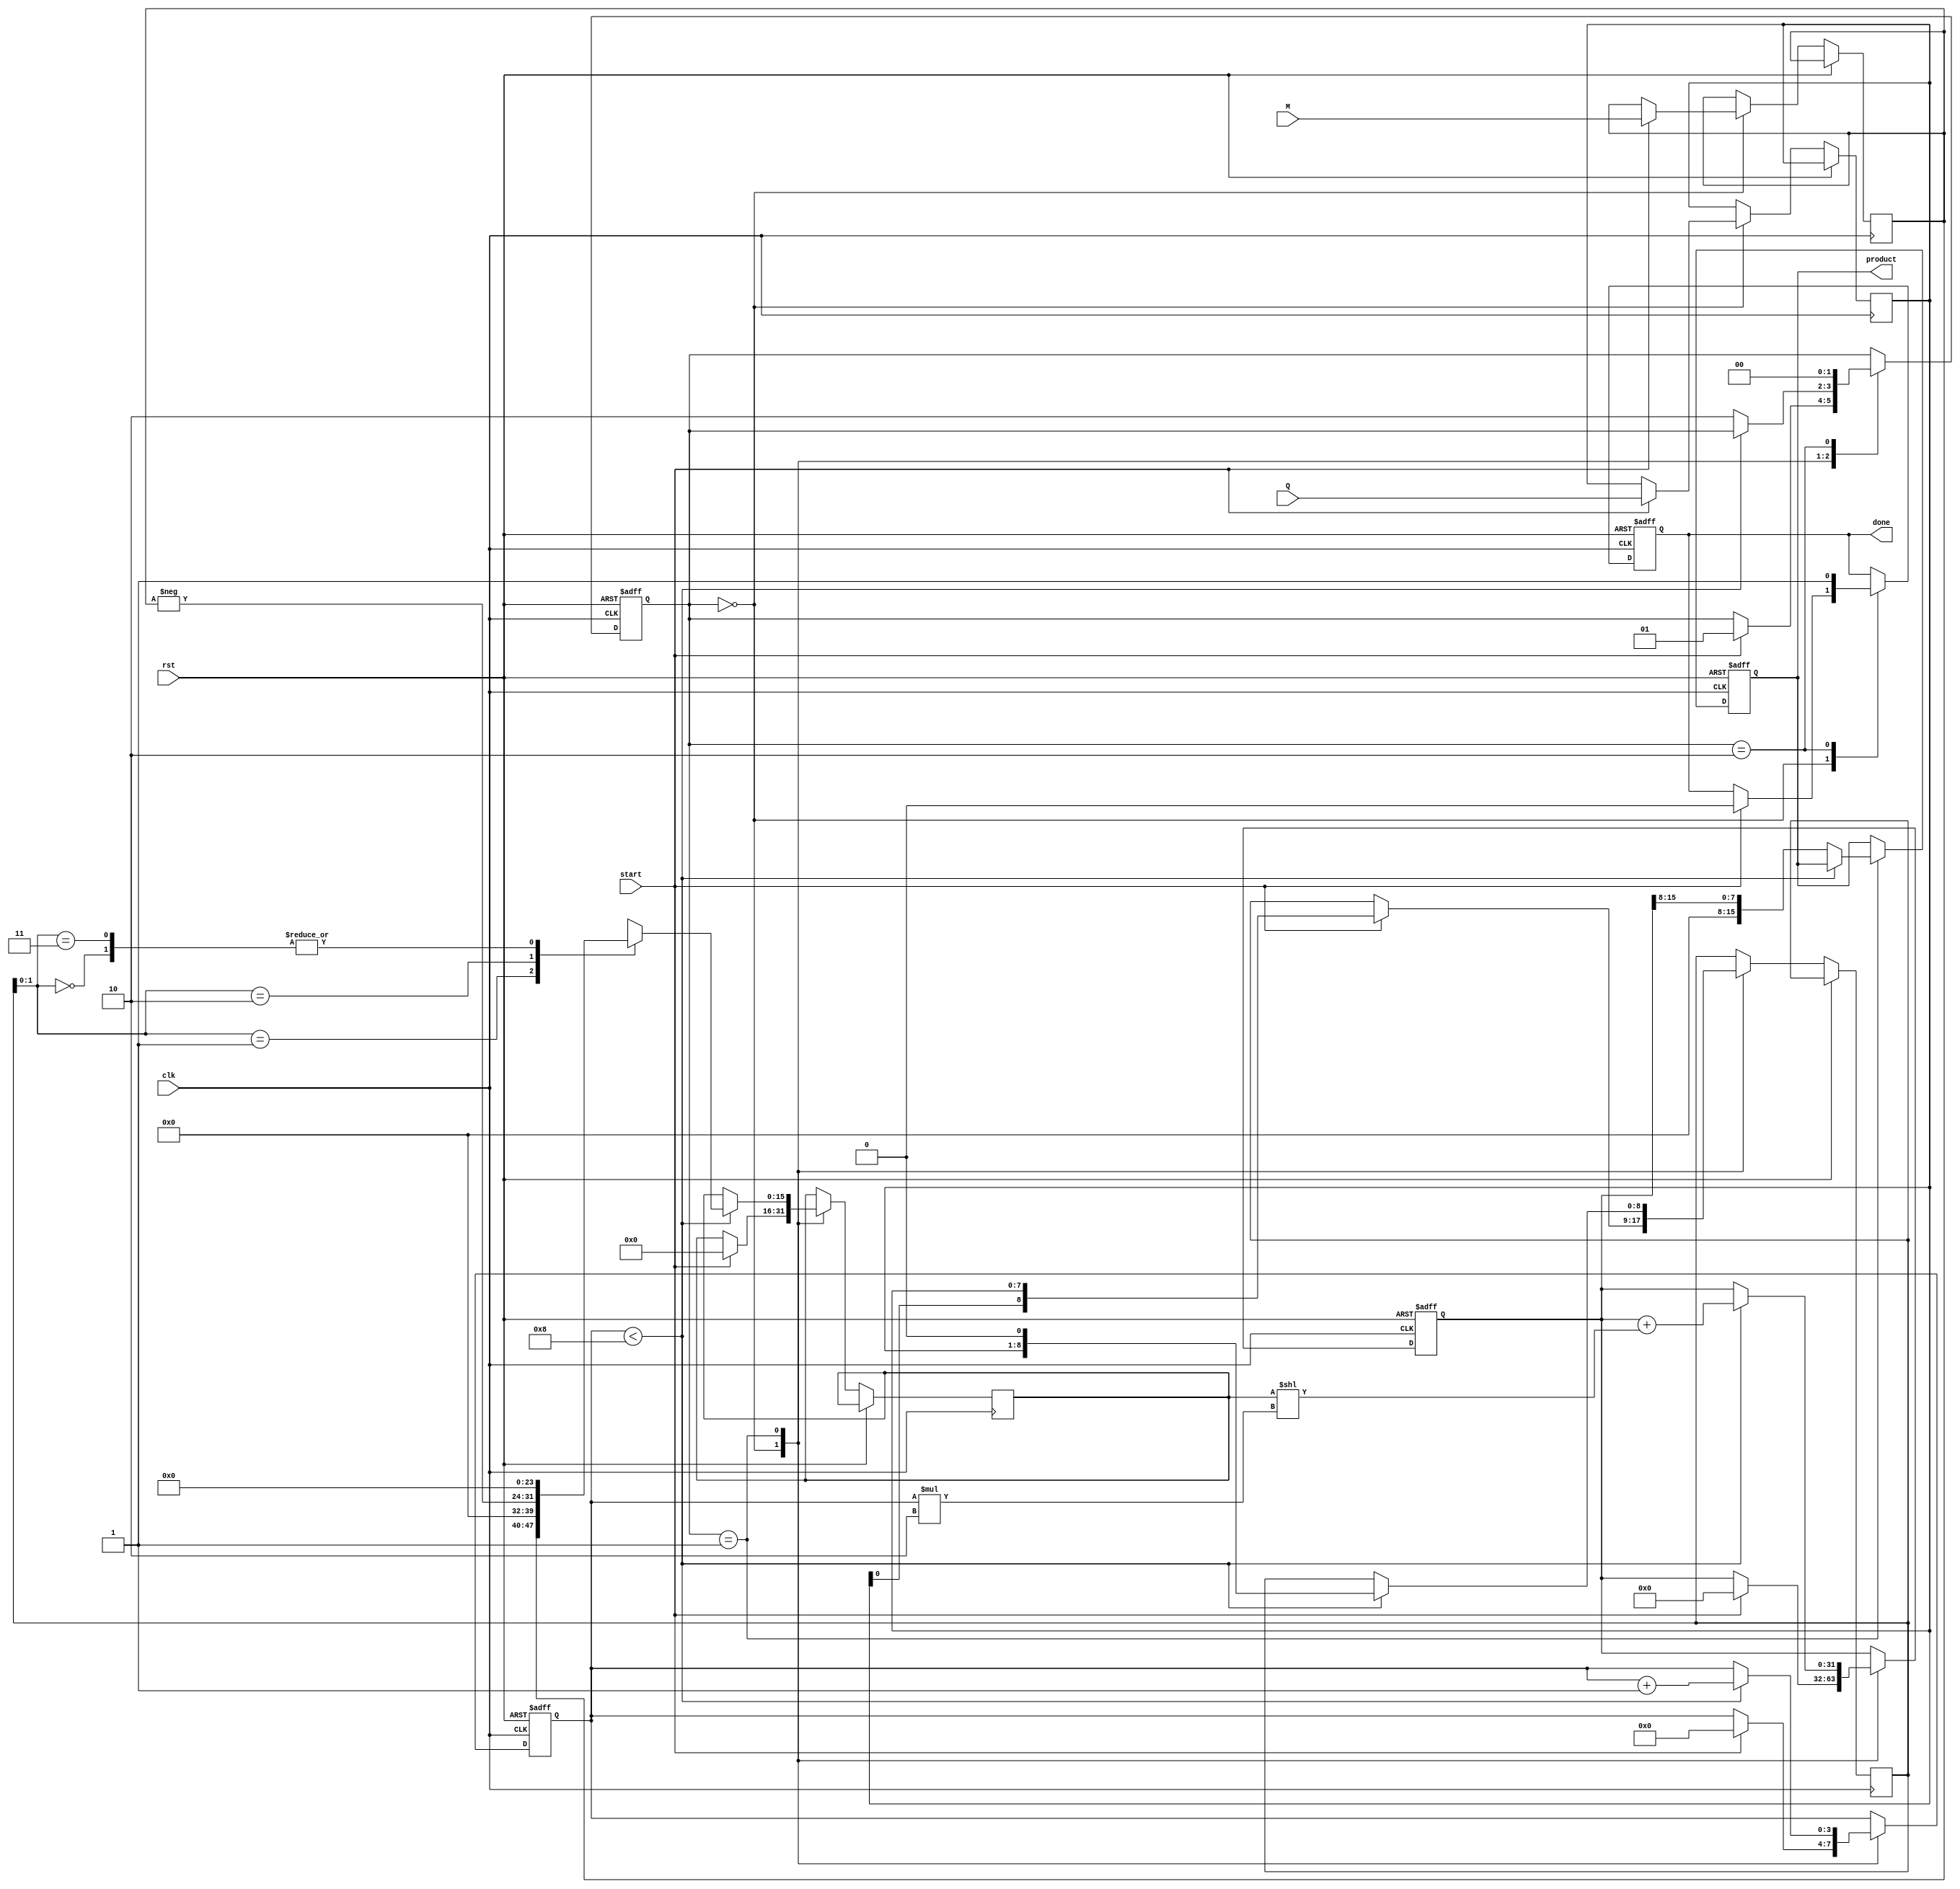
module radix4_multiplier #(parameter N = 8) (
    input wire [N-1:0] M, // Multiplicand
    input wire [N-1:0] Q, // Multiplier
    input wire start,      // Start signal
    input wire clk,        // Clock signal
    input wire rst,        // Reset signal
    output reg [2*N-1:0] product, // Final product
    output reg done        // Done signal
);

    reg [N-1:0] Q_reg;        // Register for multiplier
    reg [N-1:0] M_reg;        // Register for multiplicand
    reg [N:0] Q_next;         // Next state of Q for Booth's encoding
    reg [2*N-1:0] PP;         // Partial Product
    reg [4*N-1:0] A;          // Accumulator
    reg [3:0] count;          // Bit counter
    reg [1:0] state;          // State variable

    // State definitions
    localparam IDLE = 2'b00, 
               PROCESS = 2'b01, 
               DONE = 2'b10;

    always @(posedge clk or posedge rst) begin
        if (rst) begin
            // Reset all registers and signals
            state <= IDLE;
            product <= 0;
            A <= 0;
            count <= 0;
            done <= 0;
        end else begin
            case (state)
                IDLE: begin
                    if (start) begin
                        M_reg <= M;
                        Q_reg <= Q;
                        Q_next <= {1'b0, Q_reg[0], Q_reg}; // Extending for Booth encoding
                        A <= 0;
                        PP <= 0;
                        count <= 0;
                        state <= PROCESS;
                        done <= 0;
                    end
                end
                PROCESS: begin
                    if (count < N) begin
                        // Booth's encoding to determine action
                        case (Q_next[1:0])
                            2'b00: begin
                                PP <= 0; // No action
                            end
                            2'b01: begin
                                PP <= {M_reg, N'b0}; // Generate M
                            end
                            2'b10: begin
                                PP <= {-M_reg, N'b0}; // Generate -M
                            end
                            2'b11: begin
                                PP <= 0; // No action
                            end
                        endcase

                        // Accumulate the partial product
                        A <= A + (PP << (count*2)); // Shift left according to count
                        Q_next <= {Q_next[0], Q_reg, 1'b0}; // Shift Q for next iteration

                        count <= count + 1;
                    end else begin
                        product <= A[2*N-1:N]; // Final product is in the upper N bits of A
                        state <= DONE;
                    end
                end
                DONE: begin
                    done <= 1; // Signal that operation is done
                    state <= IDLE; // Return to IDLE
                end
            endcase
        end
    end
endmodule